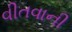
વીતવાની